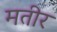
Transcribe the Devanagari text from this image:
मतीर